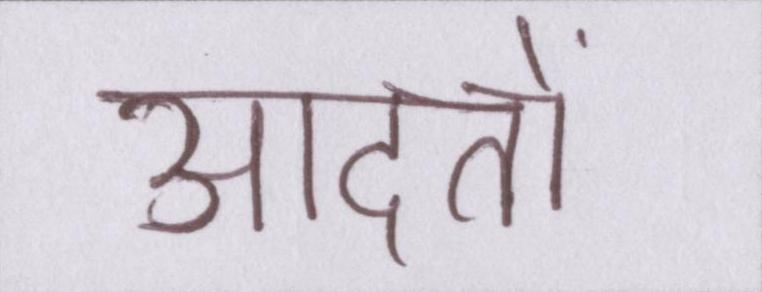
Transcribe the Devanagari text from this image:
आदतों